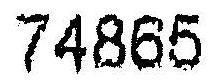
74865